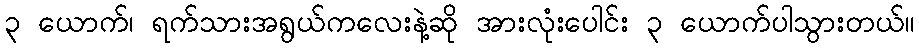
၃ ယောက်၊ ရက်သားအရွယ်ကလေးနဲ့ဆို အားလုံးပေါင်း ၃ ယောက်ပါသွားတယ်။